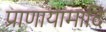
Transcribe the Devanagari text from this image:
प्राणायामादि